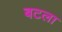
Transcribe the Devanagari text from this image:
बटला